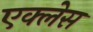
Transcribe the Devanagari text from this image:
एक्लेस